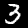
Digit: 3